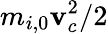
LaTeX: m_{i,0}\mathbf{v}_{c}^{2}/2